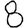
Digit: 8